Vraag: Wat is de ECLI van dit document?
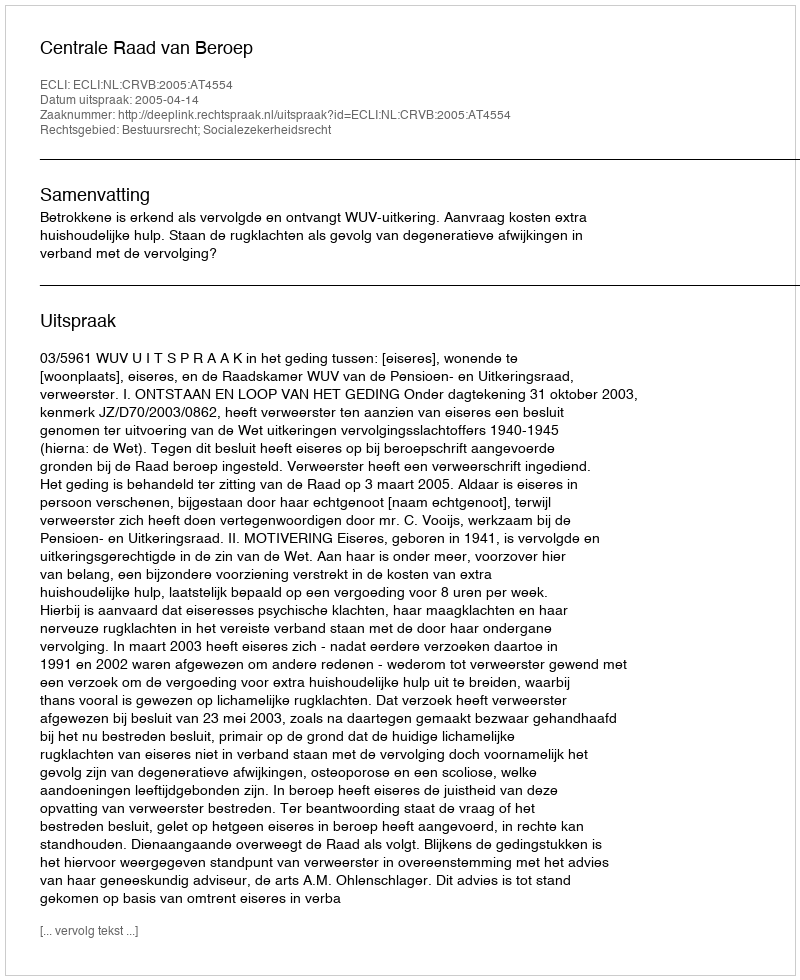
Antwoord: ECLI:NL:CRVB:2005:AT4554